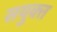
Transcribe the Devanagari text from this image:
सयुक्‍त